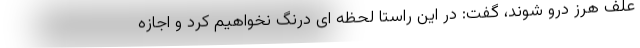
علف هرز درو شوند، گفت: در این راستا لحظه ای درنگ نخواهیم کرد و اجازه